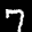
Label: 7